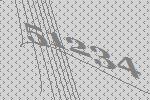
51234